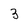
Character: 3